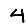
Digit: 4